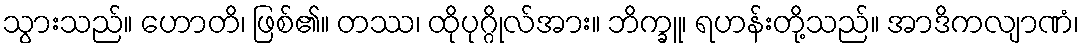
သွားသည်။ ဟောတိ၊ ဖြစ်၏။ တဿ၊ ထိုပုဂ္ဂိုလ်အား။ ဘိက္ခူ၊ ရဟန်းတို့သည်။ အာဒိကလျာဏံ၊